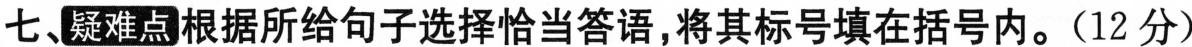
七、疑难点 根据所给句子选择恰当答语,将其标号填在括号内。(12 分)